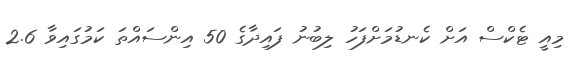
މިއީ ޓެކްސް އަށް ކެނޑުމަށްފަހު ލިބުނު ފައިދާގެ 50 އިންސައްތަ ކަމުގައިވާ 2.6